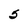
Character: 5